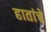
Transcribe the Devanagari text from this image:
हातांचे